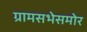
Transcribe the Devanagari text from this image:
ग्रामसभेसमोर